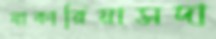
যাকারিয়াসদা